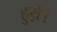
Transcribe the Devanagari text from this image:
हुय़े।